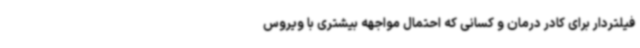
فیلتردار برای کادر درمان و کسانی که احتمال مواجهه بیشتری با ویروس